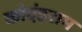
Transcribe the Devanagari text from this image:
कोदंडराम